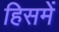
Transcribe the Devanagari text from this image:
हिसमें